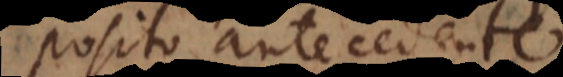
posito antecedente